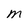
Character: M